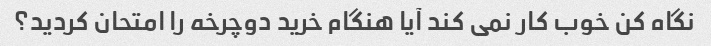
نگاه کن خوب کار نمی کند آیا هنگام خرید دوچرخه را امتحان کردید؟